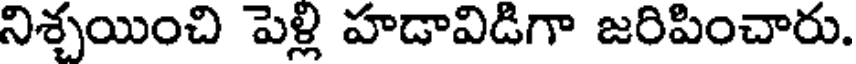
నిశ్చయించి పెళ్లి హడావిడిగా జరిపించారు.